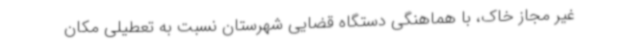
غیر مجاز خاک، با هماهنگی دستگاه قضایی شهرستان نسبت به تعطیلی مکان